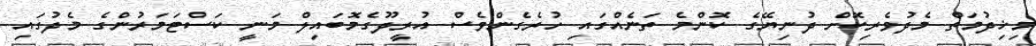
މިޚިދުމަތް މެދުވެރިކޮށް ދުނިޔޭގެ ކޮންމެ ތަނެއްގައި ހުރެގެންވެސް އުރީދޫގެމޮބައިލް މަނީ ކަސްޓަމަރުންގެ މެދުގައި